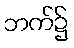
ဘက်၌